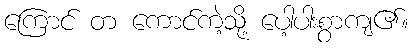
ကြောင် တ ကောင်ကဲ့သို့ ပေါ့ပါးစွာကျ၏။